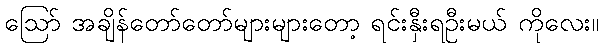
ဩော် အချိန်တော်တော်များများတော့ ရင်းနှီးရဦးမယ် ကိုလေး။